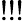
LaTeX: {!!!}